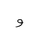
Letter: _waw